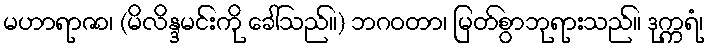
မဟာရာဇာ၊ (မိလိန္ဒမင်းကို ခေါ်သည်။) ဘဂဝတာ၊ မြတ်စွာဘုရားသည်။ ဒုက္ကရံ၊